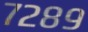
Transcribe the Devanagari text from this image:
७२८९